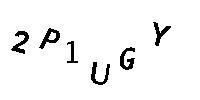
2P1UGY